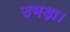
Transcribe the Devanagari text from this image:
उभड़ा।